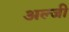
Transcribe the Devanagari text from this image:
अल्जी